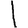
Digit: 1